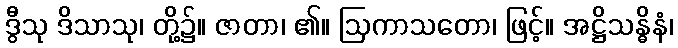
ဒွီသု ဒိသာသု၊ တို့၌။ ဇာတာ၊ ၏။ ဩကာသတော၊ ဖြင့်။ အဋ္ဌိသန္ဓိနံ၊